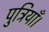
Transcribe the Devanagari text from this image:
पुत्रियाँ।